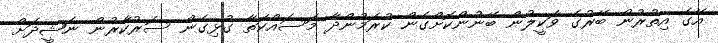
އޭގެ އިތުރުން ބޭރުގެ ވަކީލުން ބޭނުންކޮށްގެން ކުރަމުންދާ މަސައްކަތާ ގުޅިގެން ސަރުކާރުން ނަޝީދަށް